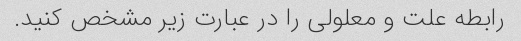
رابطه علت و معلولی را در عبارت زیر مشخص کنید.